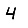
Digit: 4